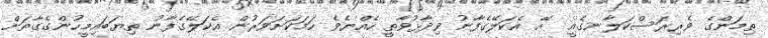
ތިމަންގެ ވެރިރަސްކަލާނގެއީ  އޭ އެކަލޭގެފާނު ވިދާޅުވާތީ ހެއްޔެވެ ހަމަކަށަވަރުން އެކަލޭގެފާނު ތިޔަބައިމީހުންގެގާތަށް